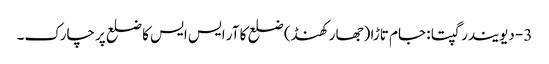
3- دیویندر گپتا : جام تاڑا (جھار کھنڈ) ضلع کا آر ایس ایس کا ضلع پرچارک۔